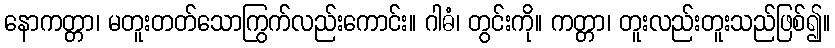
နောကတ္တာ၊ မတူးတတ်သောကြွက်လည်းကောင်း။ ဂါဓံ၊ တွင်းကို။ ကတ္တာ၊ တူးလည်းတူးသည်ဖြစ်၍။